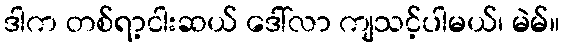
ဒါက တစ်ရာ့ငါးဆယ် ဒေါ်လာ ကျသင့်ပါမယ်၊ မဲမ်။